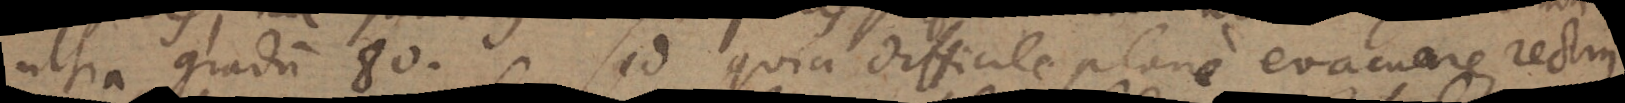
ultra gradum 80. Sed quia difficile plane evacuare rectius